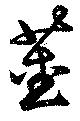
茎